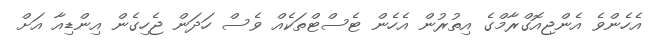
އެހެންވެ އެންޖިއޮގްރާމްގެ އިތުރުން އެހެން ޓެސްޓްތަކެއް ވެސް ހަދަން ޖެހިގެން އިންޑިއާ އަށް